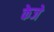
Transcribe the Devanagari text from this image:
केजे